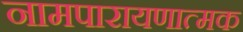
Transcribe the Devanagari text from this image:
नामपारायणात्मक